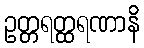
ဥတ္တရတ္ထရဏာနိ